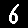
Digit: 6